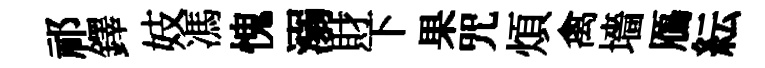
祁鐸妓馮愧溺財下果咒煩禽墻鴈紜